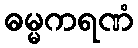
ဓမ္မကရဏံ